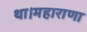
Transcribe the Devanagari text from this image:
था।महाराणा